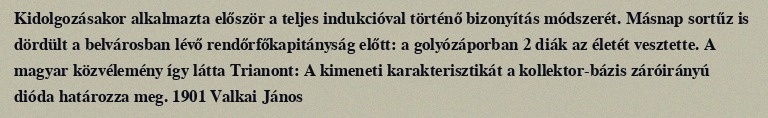
Kidolgozásakor alkalmazta először a teljes indukcióval történő bizonyítás módszerét. Másnap sortűz is dördült a belvárosban lévő rendőrfőkapitányság előtt: a golyózáporban 2 diák az életét vesztette. A magyar közvélemény így látta Trianont: A kimeneti karakterisztikát a kollektor-bázis záróirányú dióda határozza meg. 1901 Valkai János